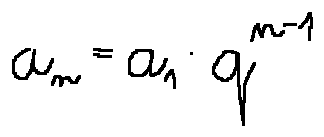
a _ { n } = a _ { 1 } \cdot q ^ { n - 1 }